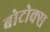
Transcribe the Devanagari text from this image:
बोटोक्स